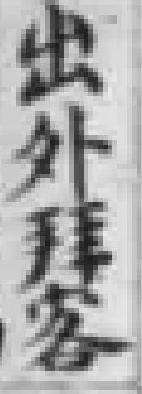
出外拜客